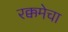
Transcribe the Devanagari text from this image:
रक्कमेचा